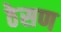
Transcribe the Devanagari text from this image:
ठेसण